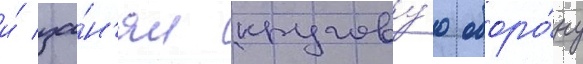
и́ за́н'ял кругову́ю оборо́ну